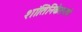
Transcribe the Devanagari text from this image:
शांतिनिकेतनचे